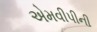
એમવીપીની